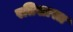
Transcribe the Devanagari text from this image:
रतिशास्त्र